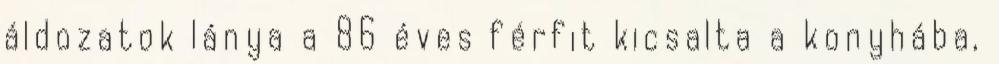
áldozatok lánya a 86 éves férfit kicsalta a konyhába,